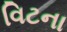
વિટના